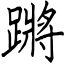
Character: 蹡